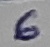
Text: 6